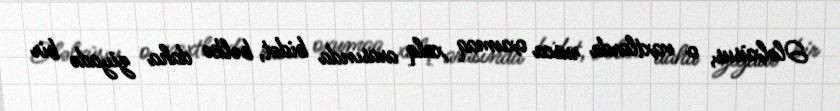
Ələlxüsus, o vaxtlarda rusca oxumaq xalq arasında bidət, bəlkə daha ziyadə bir